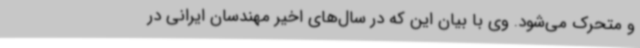
و متحرک می‌شود. وی با بیان این که در سال‌های اخیر مهندسان ایرانی در